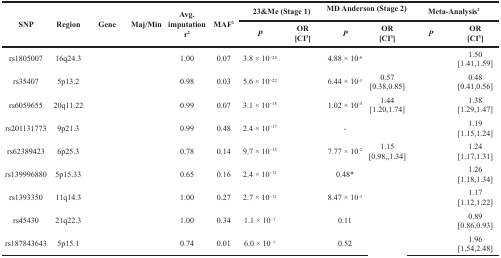
<table><thead><tr><td rowspan="2"><b>SNP</b></td><td rowspan="2"><b>Region</b></td><td rowspan="2"><b>Gene</b></td><td rowspan="2"><b>Maj/Min</b></td><td rowspan="2"><b>Avg. imputation r<sup>2</sup></b></td><td rowspan="2"><b>MAF<sup>1</sup></b></td><td colspan="2"><b>23&amp;Me (Stage 1)</b></td><td colspan="2"><b>MD Anderson (Stage 2)</b></td><td colspan="2"><b>Meta-Analysis<sup>2</sup></b></td></tr><tr><td><b>P</b></td><td><b>OR[CI<sup>3</sup>]</b></td><td><b>P</b></td><td><b>OR[CI<sup>3</sup>]</b></td><td><b>P</b></td><td><b>OR[CI<sup>3</sup>]</b></td></tr></thead><tbody><tr><td>rs1805007</td><td>16q24.3</td><td>[EMPTY_CELL]</td><td>[EMPTY_CELL]</td><td>1.00</td><td>0.07</td><td>3.8 × 10<sup>−28</sup></td><td>[EMPTY_CELL]</td><td>4.88 × 10<sup>-8</sup></td><td>[EMPTY_CELL]</td><td>[EMPTY_CELL]</td><td>1.50[1.41,1.59]</td></tr><tr><td>rs35407</td><td>5p13.2</td><td>[EMPTY_CELL]</td><td>[EMPTY_CELL]</td><td>0.98</td><td>0.03</td><td>5.6 × 10<sup>−22</sup></td><td>[EMPTY_CELL]</td><td>6.44 × 10<sup>-3</sup></td><td>0.57[0.38,0.85]</td><td>[EMPTY_CELL]</td><td>0.48[0.41,0.56]</td></tr><tr><td>rs6059655</td><td>20q11.22</td><td>[EMPTY_CELL]</td><td>[EMPTY_CELL]</td><td>0.99</td><td>0.07</td><td>3.1 × 10<sup>−18</sup></td><td>[EMPTY_CELL]</td><td>1.02 × 10<sup>-4</sup></td><td>1.44[1.20,1.74]</td><td>[EMPTY_CELL]</td><td>1.38[1.29,1.47]</td></tr><tr><td>rs201131773</td><td>9p21.3</td><td>[EMPTY_CELL]</td><td>[EMPTY_CELL]</td><td>0.99</td><td>0.48</td><td>2.4 × 10<sup>−17</sup></td><td>[EMPTY_CELL]</td><td>-</td><td>[EMPTY_CELL]</td><td>[EMPTY_CELL]</td><td>1.19[1.15,1.24]</td></tr><tr><td>rs62389423</td><td>6p25.3</td><td>[EMPTY_CELL]</td><td>[EMPTY_CELL]</td><td>0.78</td><td>0.14</td><td>9.7 × 10<sup>−13</sup></td><td>[EMPTY_CELL]</td><td>7.77 × 10<sup>-2</sup></td><td>1.15[0.98,,1.34]</td><td>[EMPTY_CELL]</td><td>1.24[1.17,1.31]</td></tr><tr><td>rs139996880</td><td>5p15.33</td><td>[EMPTY_CELL]</td><td>[EMPTY_CELL]</td><td>0.65</td><td>0.16</td><td>2.4 × 10<sup>−11</sup></td><td>[EMPTY_CELL]</td><td>0.48*</td><td>[EMPTY_CELL]</td><td>[EMPTY_CELL]</td><td>1.26[1.18,1.34]</td></tr><tr><td>rs1393350</td><td>11q14.3</td><td>[EMPTY_CELL]</td><td>[EMPTY_CELL]</td><td>1.00</td><td>0.27</td><td>2.7 × 10<sup>−11</sup></td><td>[EMPTY_CELL]</td><td>8.47 × 10<sup>-3</sup></td><td>[EMPTY_CELL]</td><td>[EMPTY_CELL]</td><td>1.17[1.12,1.22]</td></tr><tr><td>rs45430</td><td>21q22.3</td><td>[EMPTY_CELL]</td><td>[EMPTY_CELL]</td><td>1.00</td><td>0.34</td><td>1.1 × 10<sup>−7</sup></td><td>[EMPTY_CELL]</td><td>0.11</td><td>[EMPTY_CELL]</td><td>[EMPTY_CELL]</td><td>0.89[0.86,0.93]</td></tr><tr><td>rs187843643</td><td>5p15.1</td><td>[EMPTY_CELL]</td><td>[EMPTY_CELL]</td><td>0.74</td><td>0.01</td><td>6.0 × 10<sup>−7</sup></td><td>[EMPTY_CELL]</td><td>0.52</td><td>[EMPTY_CELL]</td><td>[EMPTY_CELL]</td><td>1.96[1.54,2.48]</td></tr></tbody></table>